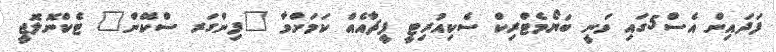
ފަދައިން އެސް5ގައި ވަނީ ބަޔޯމެޓްރިކް ސެކިއުރިޓީ ފީޗާއެއް ކަމަށްވާ "ފިންގަރ ސްކޭން" ޓެކްނޮލޮޖީ